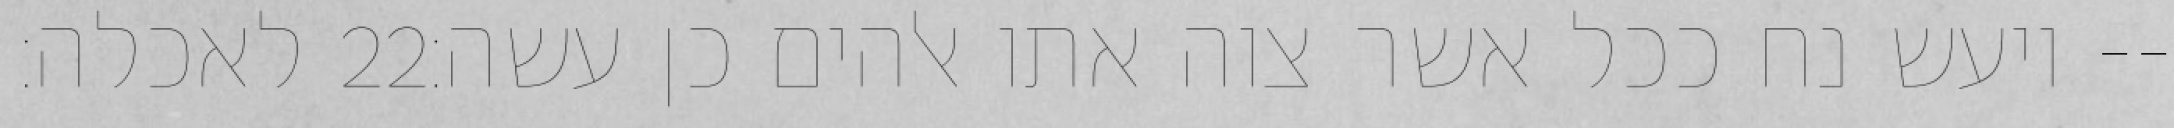
לאכלה׃ ‎22‏ ויעש נח ככל אשר צוה אתו אלהים כן עשה׃--